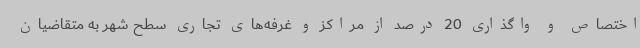
اختصاص و واگذاری 20 درصد از مراکز و غرفه‌های تجاری سطح شهر به متقاضیان